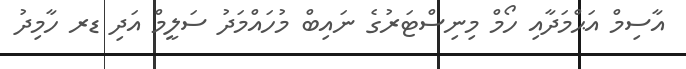
އާސިމް އަޙްމަދާއި ހޯމް މިނިސްޓަރުގެ ނައިބް މުހައްމަދު ސަލީމް އަދި ޑރ ހާމިދު